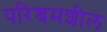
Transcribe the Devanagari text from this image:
परिश्रमशील